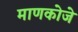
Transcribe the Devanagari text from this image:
माणकोजे